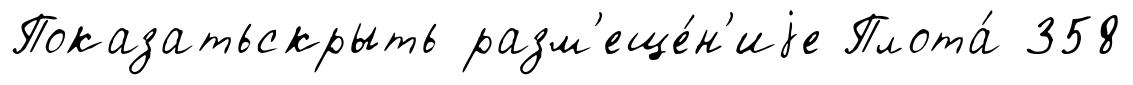
Показатьскрыть разм'еще́н'иjе Плота́ 358